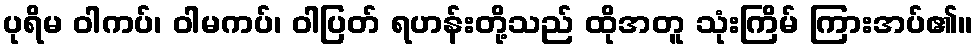
ပုရိမ ဝါကပ်၊ ဝါမကပ်၊ ဝါပြတ် ရဟန်းတို့သည် ထိုအတူ သုံးကြိမ် ကြားအပ်၏။